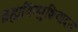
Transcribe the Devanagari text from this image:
ब्रह्मविष्णुशिवादयः